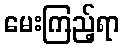
မေးကြည့်ရာ